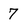
Character: 7